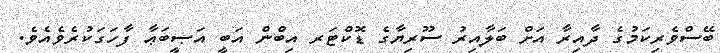
ބޭސްވެރިކަމުގެ ދާއިރާ އަށް ބަލާއިރު ސޫރިޔާގެ ޑޮކްޓަރ އިބްން އަބީ އަޞީބަޢާ ފާހަގަކުރެވެއެވެ.